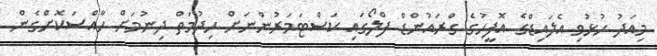
މިއަދު ހުޅުވި އެލައިޑްގެ އޮފީހުގެ ގްރައުންޑް ފްލޯގައި ކަސްޓަމަރުންނަށް ހިދުމަތް ދިނުމަށް ހާއްސަކޮށްގެން